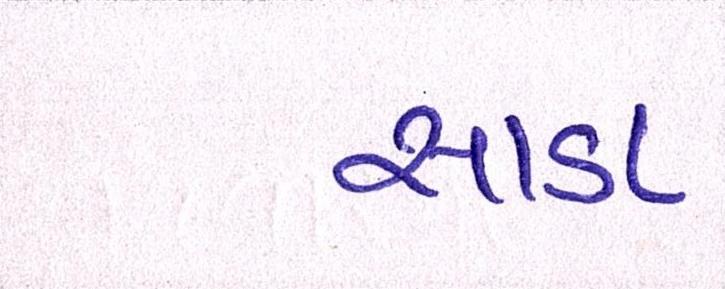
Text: સાડા